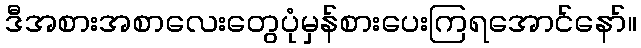
ဒီအစားအစာလေးတွေပုံမှန်စားပေးကြရအောင်နော်။